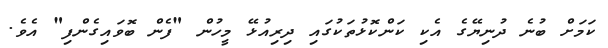
ކަމަށް ބުނެ ދުނިޔޭގެ އެކި ކަންކޮޅުތަކުގައި ދިރިއުޅޭ މީހުން "ފެން ބޮވައިގެންފި" އެވެ.